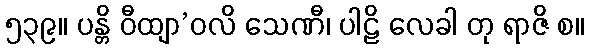
၅၃၉။ ပန္တိ ဝီထျာ’ဝလိ သေဏီ၊ ပါဠိ လေခါ တု ရာဇိ စ။